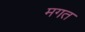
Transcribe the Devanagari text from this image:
मगत